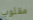
مقلوب